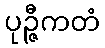
ပုဉ္ဇီကတံ